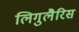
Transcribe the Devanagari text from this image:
लिगुलैरिस